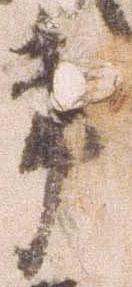
事